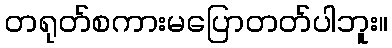
တရုတ်စကားမပြောတတ်ပါဘူး။